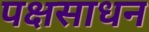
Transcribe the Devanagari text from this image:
पक्षसाधन